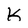
Character: K